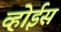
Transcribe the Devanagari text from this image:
व्होईस